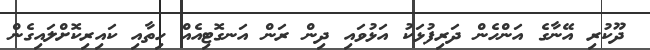
ދޫކުރި އޭނާގެ އަންހެން ދަރިފުޅަކު އަޅުވައި ދިން ރަން އަނގޮޓިއެއް ހިތާއި ކައިރިކޮށްލައިގެން